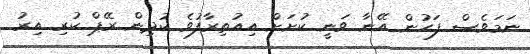
ނަމަވެސް ފަހުން އޭނާ ވަނީ ކުށަށް އިއުތިރާފުވެ ކުދިން ރޭޕް ކުރި އިރު